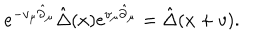
e ^ { - v _ { \mu } \hat { \partial } _ { \mu } } \hat { \Delta } ( x ) e ^ { v _ { \mu } \hat { \partial } _ { \mu } } = \hat { \Delta } ( x + v ) .